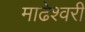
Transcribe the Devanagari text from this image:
माढेश्वरी